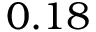
0 . 1 8